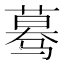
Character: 蓦